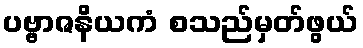
ပဗ္ဗာဇနိယကံ စသည်မှတ်ဖွယ်